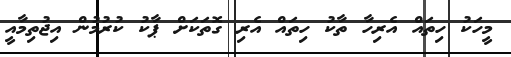
މީހަކު ހިތައް އެރިހާ ތާކު ހިތައް އެރި ގޮތަކަށް ޕާކު ކުރުމުން އިޖުތިމާއީ